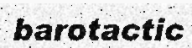
barotactic